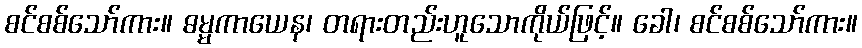
စင်စစ်သော်ကား။ ဓမ္မကာယေန၊ တရားတည်းဟူသောကိုယ်ဖြင့်။ ခေါ၊ စင်စစ်သော်ကား။